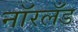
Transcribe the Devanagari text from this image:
नॉरलँड